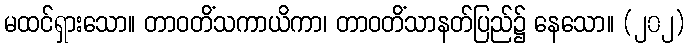
မထင်ရှားသော။ တာဝတိံသကာယိကာ၊ တာဝတိံသာနတ်ပြည်၌ နေသော။ (၂၀၂)